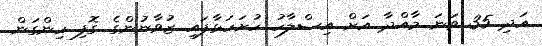
އަދި 35 ވަނަ މާއްދާ އަށް އިސްލާހު ހުށަހަޅާފައި ޒުވާނުންގެ ގޮފި ހިންގަން